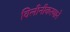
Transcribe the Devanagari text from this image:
विलीनीकरणाने